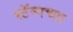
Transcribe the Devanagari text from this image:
स्टॅम्पच्या